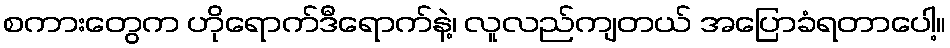
စကားတွေက ဟိုရောက်ဒီရောက်နဲ့၊ လူလည်ကျတယ် အပြောခံရတာပေါ့။